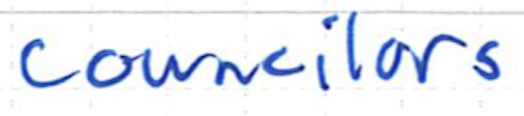
Text: councilors
Cross-out: clean
Writing tool: ballpoint